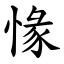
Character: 㥟